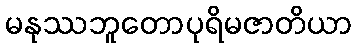
မနုဿဘူတောပုရိမဇာတိယာ